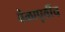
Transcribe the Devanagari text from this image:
वेळापूर्वीच